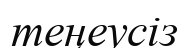
теңеусіз